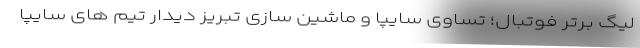
لیگ برتر فوتبال؛ تساوی سایپا و ماشین سازی تبریز دیدار تیم های سایپا